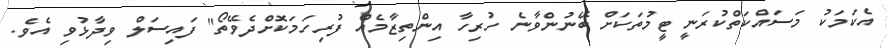
އެކަމަކު މަސައްކަތްކުރަނީ ޓީމުތަކަށް ބޭނުންވާނެ ހުރިހާ އިންތިޒާމެއް ފުރިހަމަކޮށްދެވޭތޯ" ފައިސަލް ވިދާޅުވި އެވެ.